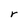
Character: r